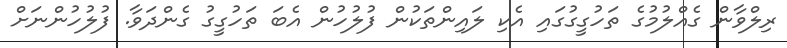
ރިލްވާން ގެއްލުމުގެ ތަހުގީގުގައި އެކި ލައިންތަކުން ފުލުހުން އެބަ ތަހުގީގު ގެންދަވާ. ފުލުހުންނަށް